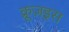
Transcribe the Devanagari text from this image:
क्रूज़इस